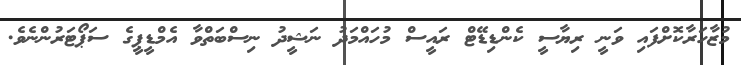
މުޒާހަރާކޮށްފައި ވަނީ ރިޔާސީ ކެންޑިޑޭޓް ރައީސް މުހައްމަދު ނަޝީދު ނިސްބަތްވާ އެމްޑީޕީގެ ސަޕޯޓަރުންނެވެ.